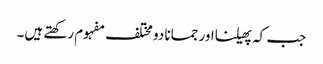
جب کہ پھیلنااور جمانا دو مختلف مفہوم رکھتے ہیں۔